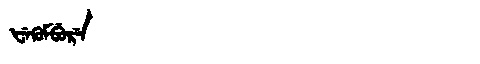
Manchu: ᡶᡝᡴᡠᠮᠪᡠᡵᡝ
Romanization: FEKUMBURE